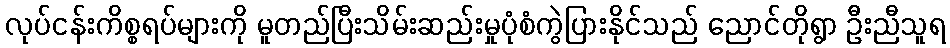
လုပ်ငန်းကိစ္စရပ်များကို မူတည်ပြီးသိမ်းဆည်းမှုပုံစံကွဲပြားနိုင်သည် ညောင်တိုရွာ ဦးညီသူရ